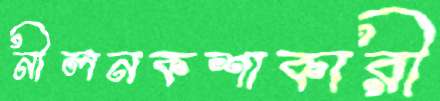
নীলনকশাকারী